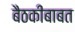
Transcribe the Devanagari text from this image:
बैठकीबाबत